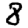
Digit: 8